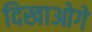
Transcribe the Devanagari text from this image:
दिखाओगे